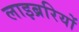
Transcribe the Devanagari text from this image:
लाइब्ररियों